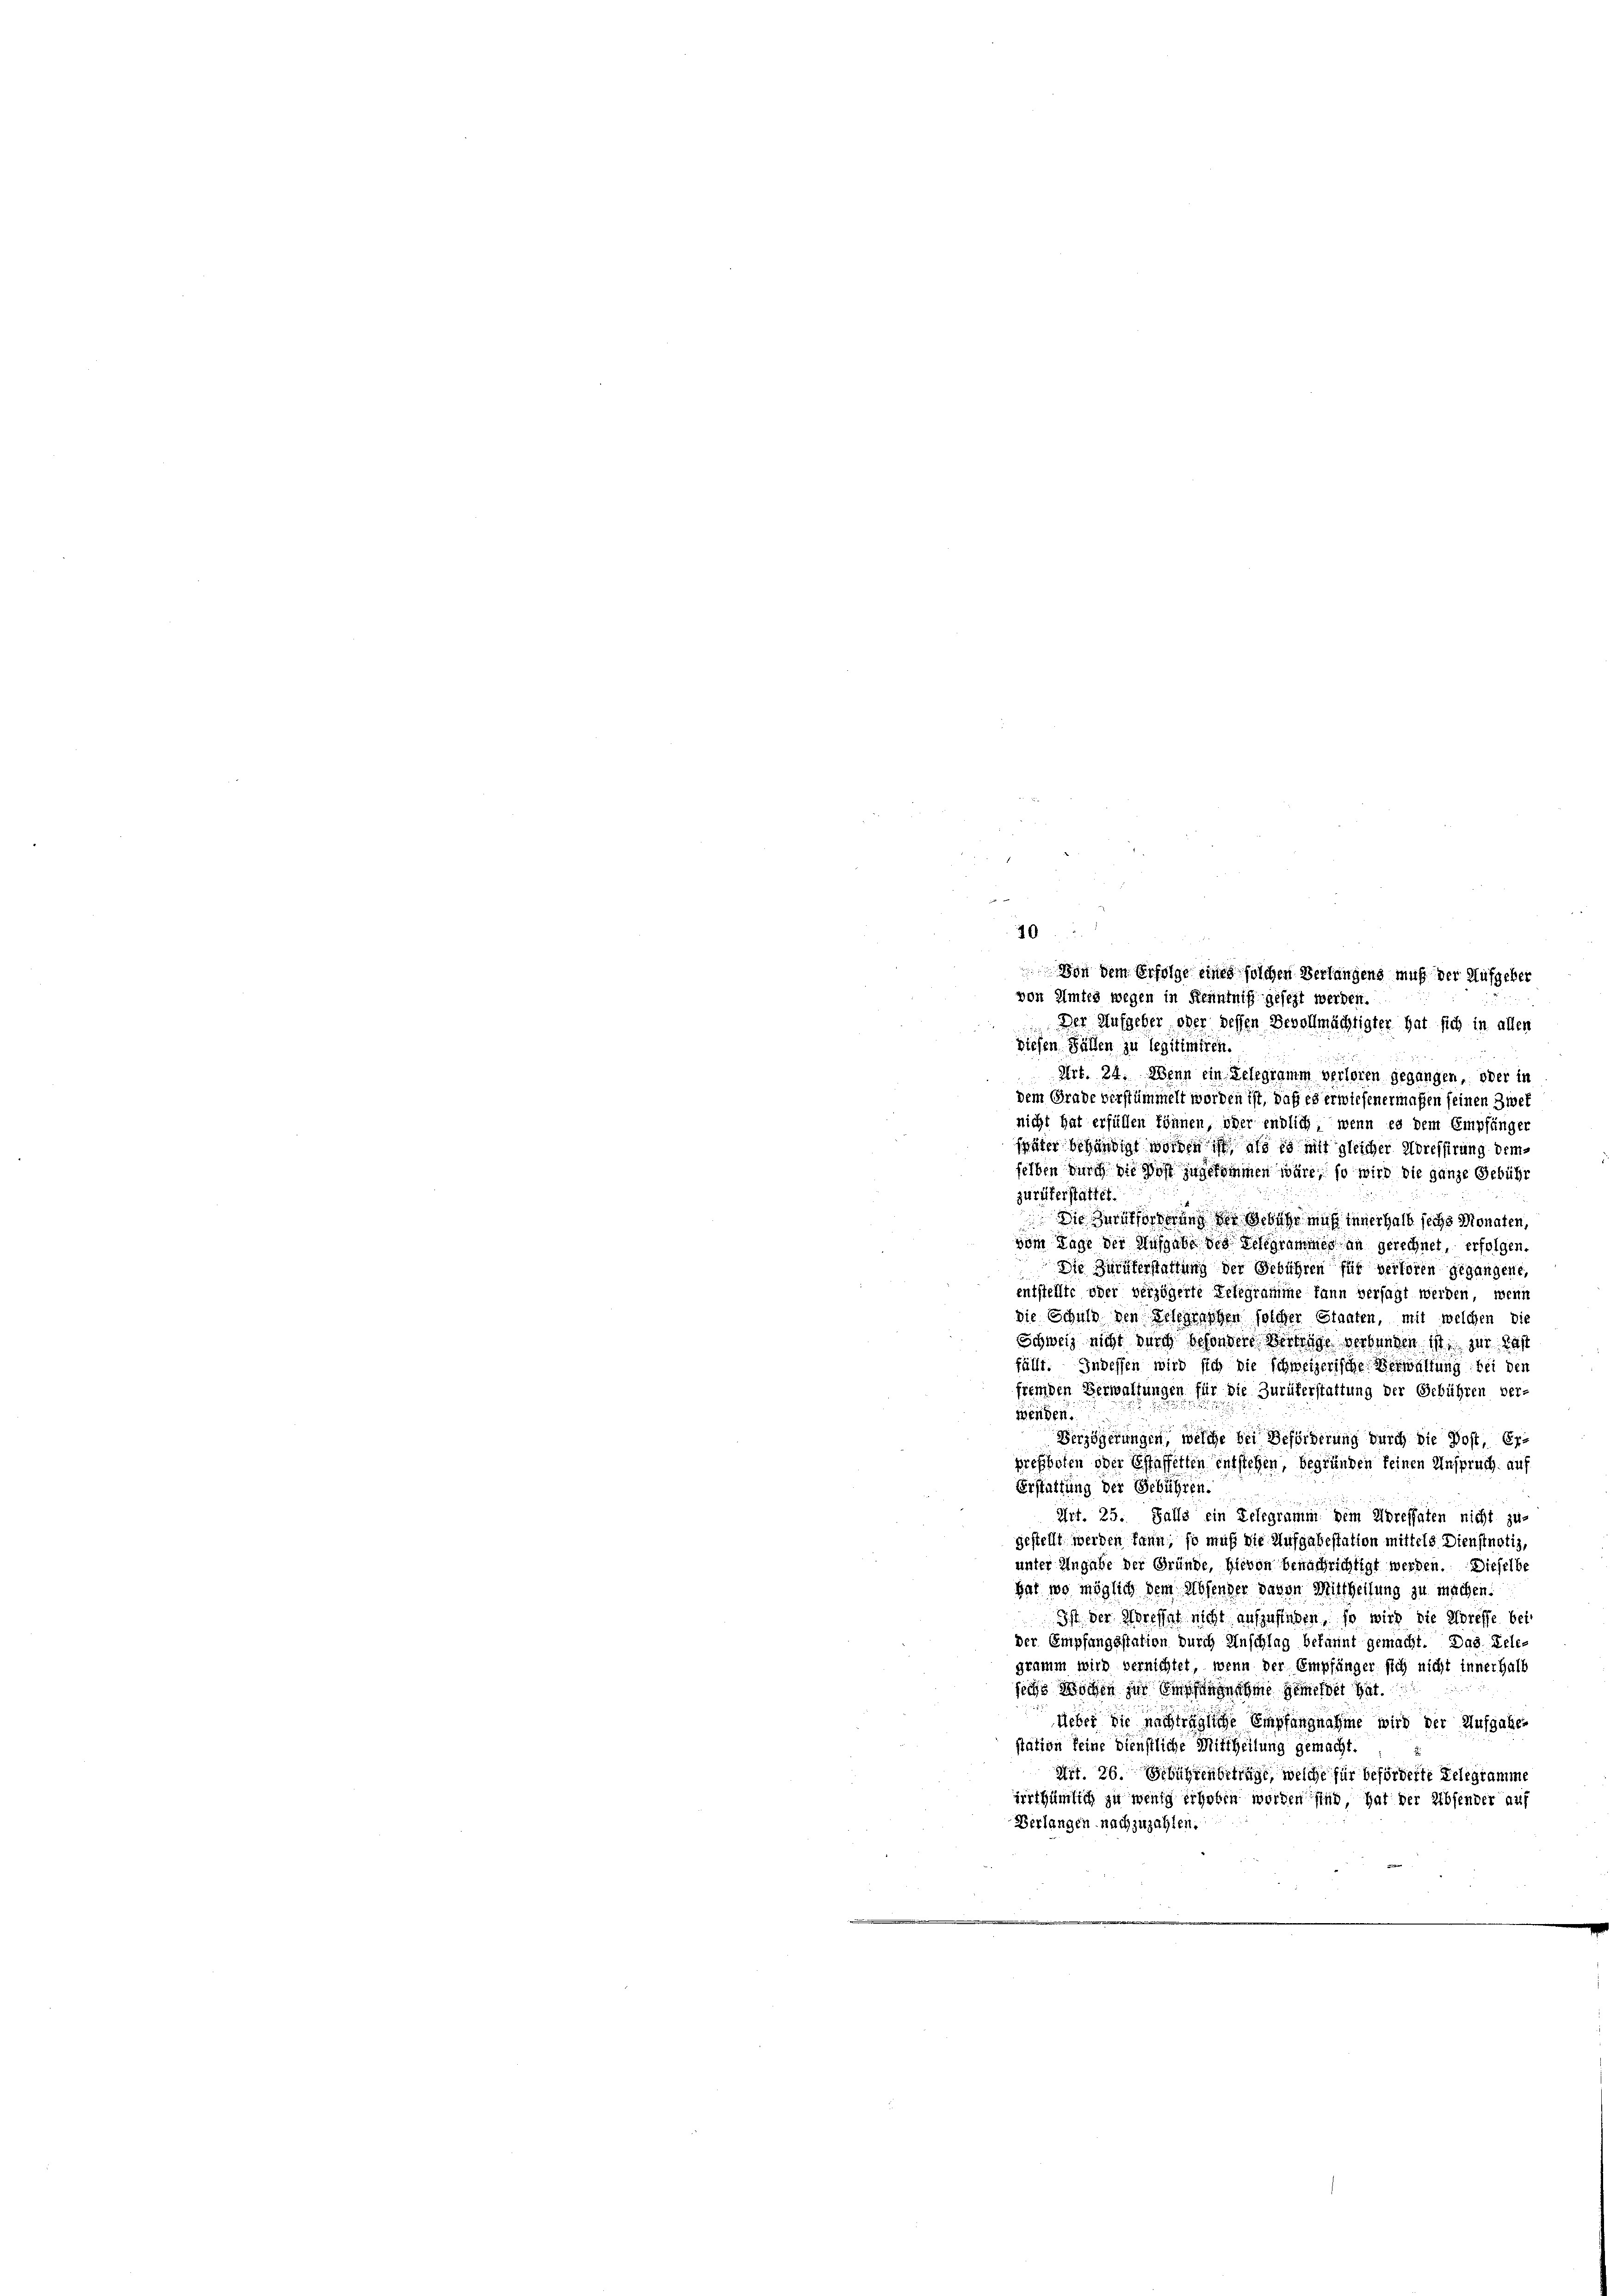
40
von Amtes wegen in Kenntniß gesezt werden.
Der Aufgeber oder dessen Bevollmächtigter hat sich in allen
diesen Fällen zu legitimiren.
 Art. 24. Wenn ein Gelegramm verloren gegangen, oder in
dem Grade verstümmelt worden ist, daß es erwiesenermaßen seinen Zwet
nicht hat erfüllen können, oder endlich, wenn es dem Empfänger
später behändigt worden ist, als es mit gleicher Adressirung demselben durch die Post zugekommen wäre, so wird die ganze Gebühr
zurükerstattet.
Die Zeitforderung der Gebühr muß innerhalb sechs Monaten,
vom Tage der Ausgabe des Telegrammer an gerechnet, erfolgen.
Die Zuruferstattung der Gebühren für verloren gegangene,
entstellte oder verzögerte Telegramme kann versagt werden, wenn
die Schuld den Belegraschen solcher Staaten, mit welchen die
Schweiz nicht durch besondere Vertrage verbunden ist zur Last
fällt. Indessen wird sich die Schweizerische Verwaltung bei den
fremden Verwaltungen für die Zurükerstattung der Gebühren ver-
wenden.
Verzögerungen, welche bei Beförderung durch die Post, Erprefholen oder Estaffetten entstehen, begründen keinen Anspruch. auf
Erstattung der Gebühren.
Art. 25. Falls ein Telegramm dem Spressaten nicht zu-
gestellt werden kann, so muß die Aufgabestation mittels Dienstnotiz,
unter Angabe der Gründe, hievon benachrichtigt werden. Dieselbe
hat, wo möglich dem Absender davon Mittheilung zu machen.
Ist der Korefat nicht aufzufinden, so wird die Koreffe bei
der Empfangsstation durch Anschlag bekannt gemacht. Das Telegramm wird vernichtet, wenn der Empfänger sich nicht innerhalb
sechs Wochen zur Empfangnahme gemeldet hat.
Ueber die nachträgliche Empfangnahme wird der Aufgaben
station seine dienstliche Mittheilung gemacht.
Art. 26. Gebührenbetrage, welche für beförderte Delegramme
irrthümlich zu wenig erhoben worden sind hat der Absender auf
Verlangen nachzuzahlen.

Von dem Erfolge eines solchen Verlangens muß der Aufgeber